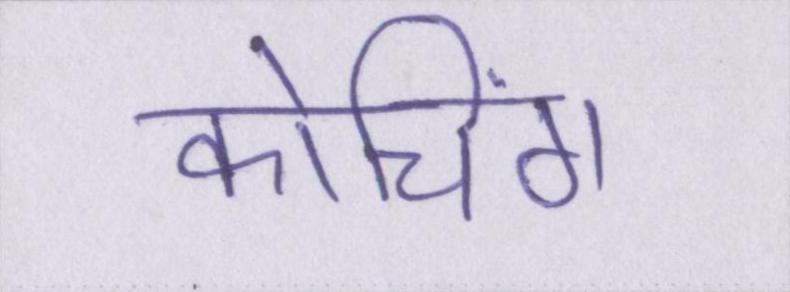
कोचिंग